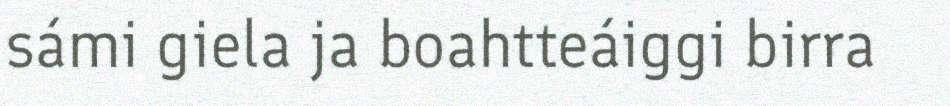
sámi giela ja boahtteáiggi birra